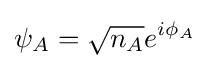
\psi _{A}={\sqrt {n_{A}}}e^{i\phi _{A}}